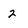
Character: 2